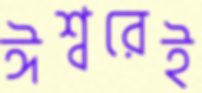
ঈশ্বরেই